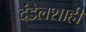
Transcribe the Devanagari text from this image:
दंडेलशाही